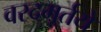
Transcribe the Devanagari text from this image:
वरदमूर्तये